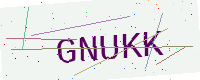
Text: GNUKK